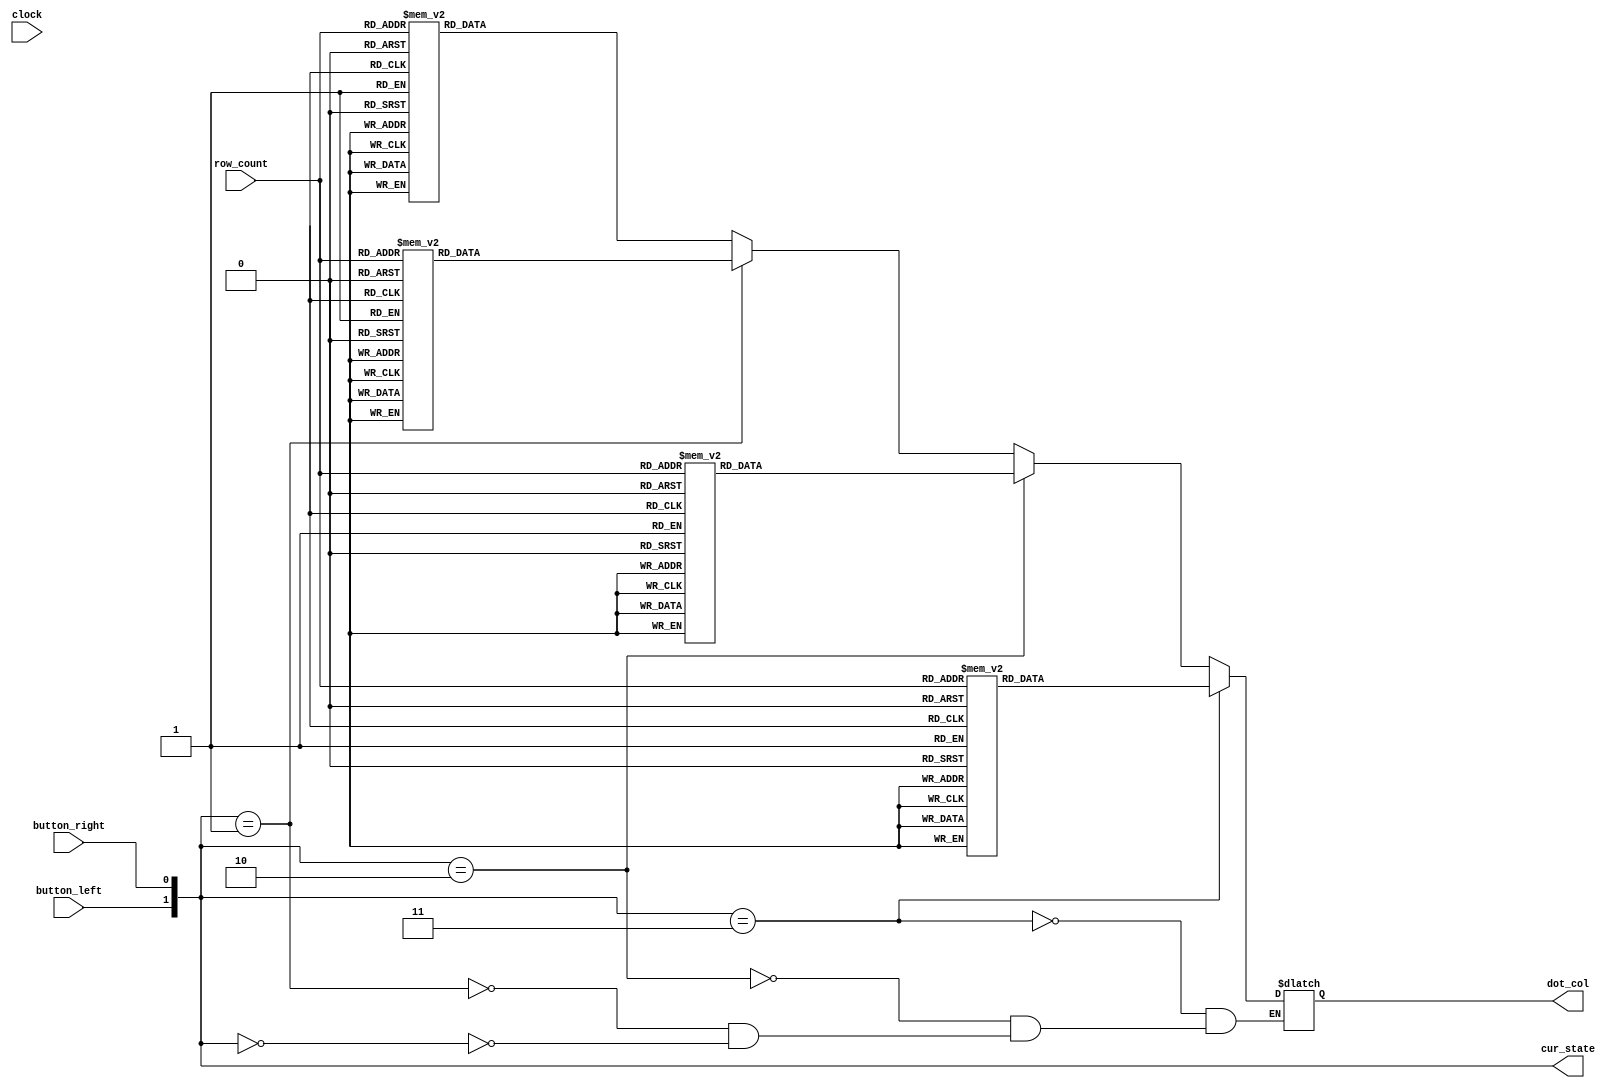
module player(clock,button_left,button_right,row_count,dot_col, cur_state);
    input clock;
    input button_left,button_right;
	 input [2:0] row_count;
    output reg [7:0]dot_col=0;
	 output [1:0] cur_state;
    /*reg*/wire [1:0]player_state;
   // reg left=0,right=0;
    
   // wire clock_div;
   
    //clk_div_p c10000(.clk(clock),.div_clk(clock_div));
   
    parameter S0=2'b00;//
    parameter S1=2'b01;//
    parameter S2=2'b10;//
    parameter S3=2'b11;//

    //state
    /*always@(button_left or button_right or clock)begin
        left <= button_left;
        right <= button_right;
        player_state <= {left,right};
    end*/
	 assign player_state = {button_left, button_right};
	 assign cur_state = player_state;
	 
    //player's posture
    always@(player_state or row_count)begin
        if(player_state==S0)begin
				case(row_count)
            3'd0: dot_col <= 8'b00000000;
            3'd1: dot_col <= 8'b00011000;
            3'd2: dot_col <= 8'b00011000;
            3'd3: dot_col <= 8'b11111111;
            3'd4: dot_col <= 8'b10011001;
            3'd5: dot_col <= 8'b10111101;
            3'd6: dot_col <= 8'b00100100;
            3'd7: dot_col <= 8'b00100100;
            endcase
				end
        if(player_state==S1)begin
				case(row_count)
            3'd0: dot_col <= 8'b00000000;
            3'd1: dot_col <= 8'b00011001;
            3'd2: dot_col <= 8'b00011001;
            3'd3: dot_col <= 8'b11111111;
            3'd4: dot_col <= 8'b10011000;
            3'd5: dot_col <= 8'b10111100;
            3'd6: dot_col <= 8'b00100100;
            3'd7: dot_col <= 8'b00100100;
            endcase
				end
        if(player_state==S2)begin
				case(row_count)
            3'd0: dot_col <= 8'b00000000;
            3'd1: dot_col <= 8'b10011000;
            3'd2: dot_col <= 8'b10011000;
            3'd3: dot_col <= 8'b11111111;
            3'd4: dot_col <= 8'b00011001;
            3'd5: dot_col <= 8'b00111101;
            3'd6: dot_col <= 8'b00100100;
            3'd7: dot_col <= 8'b00100100;
				endcase
            end
        if(player_state==S3)begin
				case(row_count)
            3'd0: dot_col <= 8'b00000000;
            3'd1: dot_col <= 8'b10011001;
            3'd2: dot_col <= 8'b10011001;
            3'd3: dot_col <= 8'b11111111;
            3'd4: dot_col <= 8'b00011000;
            3'd5: dot_col <= 8'b00111100;
            3'd6: dot_col <= 8'b00100100;
            3'd7: dot_col <= 8'b00100100;
				endcase
            end
    end
endmodule





//10000HZ
`define TimeExpire 32'd2500

module clk_div_p(clk,div_clk);
input clk;
output reg div_clk=0;

reg [31:0] count=0;
always@(posedge clk)begin
        if (count == `TimeExpire)
        begin
            count <= 32'd0;
            div_clk <= ~div_clk;
        end
        else
        begin
            count <= count + 32'd1;
        end
end

endmodule